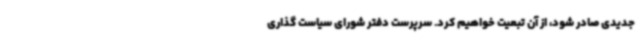
جدیدی صادر شود، از آن تبعیت خواهیم کرد. سرپرست دفتر شورای سیاست گذاری